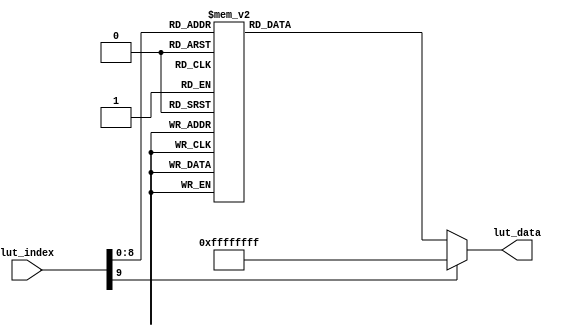
// This program was cloned from: https://github.com/Manistein/let-us-build-a-computer-system
// License: MIT License

//////////////////////////////////////////////////////////////////////////////////
//                                                                              //
//                                                                              //
//          msq@qq.com                                                          //
//          ALINX(shanghai) Technology Co.,Ltd                                  //
//          heijin                                                              //
//     WEB: http://www.alinx.cn/                                                //
//     BBS: http://www.heijin.org/                                              //
//                                                                              //
//////////////////////////////////////////////////////////////////////////////////
//                                                                              //
// Copyright (c) 2017,ALINX(shanghai) Technology Co.,Ltd                        //
//                    All rights reserved                                       //
//                                                                              //
// This source file may be used and distributed without restriction provided    //
// that this copyright statement is not removed from the file and that any      //
// derivative work contains the original copyright notice and the associated    //
// disclaimer.                                                                  //
//                                                                              //
//////////////////////////////////////////////////////////////////////////////////

//================================================================================
//  Revision History:
//  Date          By            Revision    Change Description
//--------------------------------------------------------------------------------
//  2017/7/19     meisq          1.0         Original
//*******************************************************************************/

module lut_ov5640_rgb565_1024_768(
	input[9:0]             lut_index,   //Look-up table address
	output reg[31:0]       lut_data     //Device address (8bit I2C address), register address, register data
);

always@(*)
begin
	case(lut_index)			  
		10'd  0: lut_data <= {8'h78 , 24'h310311};// system clock from pad, bit[1]
		10'd  1: lut_data <= {8'h78 , 24'h300882};// software reset, bit[7]// delay 5ms 
		10'd  2: lut_data <= {8'h78 , 24'h300842};// software power down, bit[6]
		10'd  3: lut_data <= {8'h78 , 24'h310303};// system clock from PLL, bit[1]
		10'd  4: lut_data <= {8'h78 , 24'h3017ff};// FREX, Vsync, HREF, PCLK, D[9:6] output enable
		10'd  5: lut_data <= {8'h78 , 24'h3018ff};// D[5:0], GPIO[1:0] output enable
		10'd  6: lut_data <= {8'h78 , 24'h30341A};// MIPI 10-bit
		10'd  7: lut_data <= {8'h78 , 24'h303713};// PLL root divider, bit[4], PLL pre-divider, bit[3:0]
		10'd  8: lut_data <= {8'h78 , 24'h310801};// PCLK root divider, bit[5:4], SCLK2x root divider, bit[3:2] // SCLK root divider, bit[1:0] 
		10'd  9: lut_data <= {8'h78 , 24'h363036};
		10'd 10: lut_data <= {8'h78 , 24'h36310e};
		10'd 11: lut_data <= {8'h78 , 24'h3632e2};
		10'd 12: lut_data <= {8'h78 , 24'h363312};
		10'd 13: lut_data <= {8'h78 , 24'h3621e0};
		10'd 14: lut_data <= {8'h78 , 24'h3704a0};
		10'd 15: lut_data <= {8'h78 , 24'h37035a};
		10'd 16: lut_data <= {8'h78 , 24'h371578};
		10'd 17: lut_data <= {8'h78 , 24'h371701};
		10'd 18: lut_data <= {8'h78 , 24'h370b60};
		10'd 19: lut_data <= {8'h78 , 24'h37051a};
		10'd 20: lut_data <= {8'h78 , 24'h390502};
		10'd 21: lut_data <= {8'h78 , 24'h390610};
		10'd 22: lut_data <= {8'h78 , 24'h39010a};
		10'd 23: lut_data <= {8'h78 , 24'h373112};
		10'd 24: lut_data <= {8'h78 , 24'h360008};// VCM control
		10'd 25: lut_data <= {8'h78 , 24'h360133};// VCM control
		10'd 26: lut_data <= {8'h78 , 24'h302d60};// system control
		10'd 27: lut_data <= {8'h78 , 24'h362052};
		10'd 28: lut_data <= {8'h78 , 24'h371b20};
		10'd 29: lut_data <= {8'h78 , 24'h471c50};
		10'd 30: lut_data <= {8'h78 , 24'h3a1343};// pre-gain = 1.047x
		10'd 31: lut_data <= {8'h78 , 24'h3a1800};// gain ceiling
		10'd 32: lut_data <= {8'h78 , 24'h3a19f8};// gain ceiling = 15.5x
		10'd 33: lut_data <= {8'h78 , 24'h363513};
		10'd 34: lut_data <= {8'h78 , 24'h363603};
		10'd 35: lut_data <= {8'h78 , 24'h363440};
		10'd 36: lut_data <= {8'h78 , 24'h362201}; // 50/60Hz detection     50/60Hz 
		10'd 37: lut_data <= {8'h78 , 24'h3c0134};// Band auto, bit[7]
		10'd 38: lut_data <= {8'h78 , 24'h3c0428};// threshold low sum	 
		10'd 39: lut_data <= {8'h78 , 24'h3c0598};// threshold high sum
		10'd 40: lut_data <= {8'h78 , 24'h3c0600};// light meter 1 threshold[15:8]
		10'd 41: lut_data <= {8'h78 , 24'h3c0708};// light meter 1 threshold[7:0]
		10'd 42: lut_data <= {8'h78 , 24'h3c0800};// light meter 2 threshold[15:8]
		10'd 43: lut_data <= {8'h78 , 24'h3c091c};// light meter 2 threshold[7:0]
		10'd 44: lut_data <= {8'h78 , 24'h3c0a9c};// sample number[15:8]
		10'd 45: lut_data <= {8'h78 , 24'h3c0b40};// sample number[7:0]
		10'd 46: lut_data <= {8'h78 , 24'h381000};// Timing Hoffset[11:8]
		10'd 47: lut_data <= {8'h78 , 24'h381110};// Timing Hoffset[7:0]
		10'd 48: lut_data <= {8'h78 , 24'h381200};// Timing Voffset[10:8] 
		10'd 49: lut_data <= {8'h78 , 24'h370864};
		10'd 50: lut_data <= {8'h78 , 24'h400102};// BLC start from line 2
		10'd 51: lut_data <= {8'h78 , 24'h40051a};// BLC always update
		10'd 52: lut_data <= {8'h78 , 24'h300000};// enable blocks
		10'd 53: lut_data <= {8'h78 , 24'h3004ff};// enable clocks 
		10'd 54: lut_data <= {8'h78 , 24'h300e58};// MIPI power down, DVP enable
		10'd 55: lut_data <= {8'h78 , 24'h302e00};
		10'd 56: lut_data <= {8'h78 , 24'h430060};// RGB565
		10'd 57: lut_data <= {8'h78 , 24'h501f01};// ISP RGB 
		10'd 58: lut_data <= {8'h78 , 24'h440e00};
		10'd 59: lut_data <= {8'h78 , 24'h5000a7}; // Lenc on, raw gamma on, BPC on, WPC on, CIP on // AEC target    
		10'd 60: lut_data <= {8'h78 , 24'h3a0f30};// stable range in high
		10'd 61: lut_data <= {8'h78 , 24'h3a1028};// stable range in low
		10'd 62: lut_data <= {8'h78 , 24'h3a1b30};// stable range out high
		10'd 63: lut_data <= {8'h78 , 24'h3a1e26};// stable range out low
		10'd 64: lut_data <= {8'h78 , 24'h3a1160};// fast zone high
		10'd 65: lut_data <= {8'h78 , 24'h3a1f14};// fast zone low// Lens correction for ?  
		10'd 66: lut_data <= {8'h78 , 24'h580023};
		10'd 67: lut_data <= {8'h78 , 24'h580114};
		10'd 68: lut_data <= {8'h78 , 24'h58020f};
		10'd 69: lut_data <= {8'h78 , 24'h58030f};
		10'd 70: lut_data <= {8'h78 , 24'h580412};
		10'd 71: lut_data <= {8'h78 , 24'h580526};
		10'd 72: lut_data <= {8'h78 , 24'h58060c};
		10'd 73: lut_data <= {8'h78 , 24'h580708};
		10'd 74: lut_data <= {8'h78 , 24'h580805};
		10'd 75: lut_data <= {8'h78 , 24'h580905};
		10'd 76: lut_data <= {8'h78 , 24'h580a08};
		10'd 77: lut_data <= {8'h78 , 24'h580b0d};
		10'd 78: lut_data <= {8'h78 , 24'h580c08};
		10'd 79: lut_data <= {8'h78 , 24'h580d03};
		10'd 80: lut_data <= {8'h78 , 24'h580e00};
		10'd 81: lut_data <= {8'h78 , 24'h580f00};
		10'd 82: lut_data <= {8'h78 , 24'h581003};
		10'd 83: lut_data <= {8'h78 , 24'h581109};
		10'd 84: lut_data <= {8'h78 , 24'h581207};
		10'd 85: lut_data <= {8'h78 , 24'h581303};
		10'd 86: lut_data <= {8'h78 , 24'h581400};
		10'd 87: lut_data <= {8'h78 , 24'h581501};
		10'd 88: lut_data <= {8'h78 , 24'h581603};
		10'd 89: lut_data <= {8'h78 , 24'h581708};
		10'd 90: lut_data <= {8'h78 , 24'h58180d};
		10'd 91: lut_data <= {8'h78 , 24'h581908};
		10'd 92: lut_data <= {8'h78 , 24'h581a05};
		10'd 93: lut_data <= {8'h78 , 24'h581b06};
		10'd 94: lut_data <= {8'h78 , 24'h581c08};
		10'd 95: lut_data <= {8'h78 , 24'h581d0e};
		10'd 96: lut_data <= {8'h78 , 24'h581e29};
		10'd 97: lut_data <= {8'h78 , 24'h581f17};
		10'd 98: lut_data <= {8'h78 , 24'h582011};
		10'd 99: lut_data <= {8'h78 , 24'h582111};
		10'd100: lut_data <= {8'h78 , 24'h582215};
		10'd101: lut_data <= {8'h78 , 24'h582328};
		10'd102: lut_data <= {8'h78 , 24'h582446};
		10'd103: lut_data <= {8'h78 , 24'h582526};
		10'd104: lut_data <= {8'h78 , 24'h582608};
		10'd105: lut_data <= {8'h78 , 24'h582726};
		10'd106: lut_data <= {8'h78 , 24'h582864};
		10'd107: lut_data <= {8'h78 , 24'h582926};
		10'd108: lut_data <= {8'h78 , 24'h582a24};
		10'd109: lut_data <= {8'h78 , 24'h582b22};
		10'd110: lut_data <= {8'h78 , 24'h582c24};
		10'd111: lut_data <= {8'h78 , 24'h582d24};
		10'd112: lut_data <= {8'h78 , 24'h582e06};
		10'd113: lut_data <= {8'h78 , 24'h582f22};
		10'd114: lut_data <= {8'h78 , 24'h583040};
		10'd115: lut_data <= {8'h78 , 24'h583142};
		10'd116: lut_data <= {8'h78 , 24'h583224};
		10'd117: lut_data <= {8'h78 , 24'h583326};
		10'd118: lut_data <= {8'h78 , 24'h583424};
		10'd119: lut_data <= {8'h78 , 24'h583522};
		10'd120: lut_data <= {8'h78 , 24'h583622};
		10'd121: lut_data <= {8'h78 , 24'h583726};
		10'd122: lut_data <= {8'h78 , 24'h583844};
		10'd123: lut_data <= {8'h78 , 24'h583924};
		10'd124: lut_data <= {8'h78 , 24'h583a26};
		10'd125: lut_data <= {8'h78 , 24'h583b28};
		10'd126: lut_data <= {8'h78 , 24'h583c42};
		10'd127: lut_data <= {8'h78 , 24'h583dce};// lenc BR offset // AWB   
		10'd128: lut_data <= {8'h78 , 24'h5180ff};// AWB B block
		10'd129: lut_data <= {8'h78 , 24'h5181f2};// AWB control 
		10'd130: lut_data <= {8'h78 , 24'h518200};// [7:4] max local counter, [3:0] max fast counter
		10'd131: lut_data <= {8'h78 , 24'h518314};// AWB advanced 
		10'd132: lut_data <= {8'h78 , 24'h518425};
		10'd133: lut_data <= {8'h78 , 24'h518524};
		10'd134: lut_data <= {8'h78 , 24'h518609};
		10'd135: lut_data <= {8'h78 , 24'h518709};
		10'd136: lut_data <= {8'h78 , 24'h518809};
		10'd137: lut_data <= {8'h78 , 24'h518975};
		10'd138: lut_data <= {8'h78 , 24'h518a54};
		10'd139: lut_data <= {8'h78 , 24'h518be0};
		10'd140: lut_data <= {8'h78 , 24'h518cb2};
		10'd141: lut_data <= {8'h78 , 24'h518d42};
		10'd142: lut_data <= {8'h78 , 24'h518e3d};
		10'd143: lut_data <= {8'h78 , 24'h518f56};
		10'd144: lut_data <= {8'h78 , 24'h519046};
		10'd145: lut_data <= {8'h78 , 24'h5191f8};// AWB top limit
		10'd146: lut_data <= {8'h78 , 24'h519204};// AWB bottom limit
		10'd147: lut_data <= {8'h78 , 24'h519370};// red limit
		10'd148: lut_data <= {8'h78 , 24'h5194f0};// green limit
		10'd149: lut_data <= {8'h78 , 24'h5195f0};// blue limit
		10'd150: lut_data <= {8'h78 , 24'h519603};// AWB control
		10'd151: lut_data <= {8'h78 , 24'h519701};// local limit 
		10'd152: lut_data <= {8'h78 , 24'h519804};
		10'd153: lut_data <= {8'h78 , 24'h519912};
		10'd154: lut_data <= {8'h78 , 24'h519a04};
		10'd155: lut_data <= {8'h78 , 24'h519b00};
		10'd156: lut_data <= {8'h78 , 24'h519c06};
		10'd157: lut_data <= {8'h78 , 24'h519d82};
		10'd158: lut_data <= {8'h78 , 24'h519e38};// AWB control // Gamma    
		10'd159: lut_data <= {8'h78 , 24'h548001};// Gamma bias plus on, bit[0] 
		10'd160: lut_data <= {8'h78 , 24'h548108};
		10'd161: lut_data <= {8'h78 , 24'h548214};
		10'd162: lut_data <= {8'h78 , 24'h548328};
		10'd163: lut_data <= {8'h78 , 24'h548451};
		10'd164: lut_data <= {8'h78 , 24'h548565};
		10'd165: lut_data <= {8'h78 , 24'h548671};
		10'd166: lut_data <= {8'h78 , 24'h54877d};
		10'd167: lut_data <= {8'h78 , 24'h548887};
		10'd168: lut_data <= {8'h78 , 24'h548991};
		10'd169: lut_data <= {8'h78 , 24'h548a9a};
		10'd170: lut_data <= {8'h78 , 24'h548baa};
		10'd171: lut_data <= {8'h78 , 24'h548cb8};
		10'd172: lut_data <= {8'h78 , 24'h548dcd};
		10'd173: lut_data <= {8'h78 , 24'h548edd};
		10'd174: lut_data <= {8'h78 , 24'h548fea};
		10'd175: lut_data <= {8'h78 , 24'h54901d};// color matrix   
		10'd176: lut_data <= {8'h78 , 24'h53811e};// CMX1 for Y
		10'd177: lut_data <= {8'h78 , 24'h53825b};// CMX2 for Y
		10'd178: lut_data <= {8'h78 , 24'h538308};// CMX3 for Y
		10'd179: lut_data <= {8'h78 , 24'h53840a};// CMX4 for U
		10'd180: lut_data <= {8'h78 , 24'h53857e};// CMX5 for U
		10'd181: lut_data <= {8'h78 , 24'h538688};// CMX6 for U
		10'd182: lut_data <= {8'h78 , 24'h53877c};// CMX7 for V
		10'd183: lut_data <= {8'h78 , 24'h53886c};// CMX8 for V
		10'd184: lut_data <= {8'h78 , 24'h538910};// CMX9 for V
		10'd185: lut_data <= {8'h78 , 24'h538a01};// sign[9]
		10'd186: lut_data <= {8'h78 , 24'h538b98}; // sign[8:1] // UV adjust   UV
		10'd187: lut_data <= {8'h78 , 24'h558006};// saturation on, bit[1]
		10'd188: lut_data <= {8'h78 , 24'h558340};
		10'd189: lut_data <= {8'h78 , 24'h558410};
		10'd190: lut_data <= {8'h78 , 24'h558910};
		10'd191: lut_data <= {8'h78 , 24'h558a00};
		10'd192: lut_data <= {8'h78 , 24'h558bf8};
		10'd193: lut_data <= {8'h78 , 24'h501d40};// enable manual offset of contrast// CIP  
		10'd194: lut_data <= {8'h78 , 24'h530008};// CIP sharpen MT threshold 1
		10'd195: lut_data <= {8'h78 , 24'h530130};// CIP sharpen MT threshold 2
		10'd196: lut_data <= {8'h78 , 24'h530210};// CIP sharpen MT offset 1
		10'd197: lut_data <= {8'h78 , 24'h530300};// CIP sharpen MT offset 2
		10'd198: lut_data <= {8'h78 , 24'h530408};// CIP DNS threshold 1
		10'd199: lut_data <= {8'h78 , 24'h530530};// CIP DNS threshold 2
		10'd200: lut_data <= {8'h78 , 24'h530608};// CIP DNS offset 1
		10'd201: lut_data <= {8'h78 , 24'h530716};// CIP DNS offset 2 
		10'd202: lut_data <= {8'h78 , 24'h530908};// CIP sharpen TH threshold 1
		10'd203: lut_data <= {8'h78 , 24'h530a30};// CIP sharpen TH threshold 2
		10'd204: lut_data <= {8'h78 , 24'h530b04};// CIP sharpen TH offset 1
		10'd205: lut_data <= {8'h78 , 24'h530c06};// CIP sharpen TH offset 2
		10'd206: lut_data <= {8'h78 , 24'h502500};
		10'd207: lut_data <= {8'h78 , 24'h300802}; // wake up from standby, bit[6]
		10'd208: lut_data <= {8'h78 , 24'h303511};// PLL
		10'd209: lut_data <= {8'h78 , 24'h303669};// PLL
		10'd210: lut_data <= {8'h78 , 24'h3c0708};// light meter 1 threshold [7:0]
		10'd211: lut_data <= {8'h78 , 24'h382041};// Sensor flip off, ISP flip on
		10'd212: lut_data <= {8'h78 , 24'h382101};// Sensor mirror on, ISP mirror on, H binning on
		10'd213: lut_data <= {8'h78 , 24'h381431};// X INC 
		10'd214: lut_data <= {8'h78 , 24'h381531};// Y INC
		10'd215: lut_data <= {8'h78 , 24'h380000};// HS: X address start high byte
		10'd216: lut_data <= {8'h78 , 24'h380100};// HS: X address start low byte
		10'd217: lut_data <= {8'h78 , 24'h380200};// VS: Y address start high byte
		10'd218: lut_data <= {8'h78 , 24'h380304};// VS: Y address start high byte 
		10'd219: lut_data <= {8'h78 , 24'h38040a};// HW (HE)         
		10'd220: lut_data <= {8'h78 , 24'h38053f};// HW (HE)
		10'd221: lut_data <= {8'h78 , 24'h380607};// VH (VE)         
		10'd222: lut_data <= {8'h78 , 24'h38079b};// VH (VE)      
		10'd223: lut_data <= {8'h78 , 24'h380803};// DVPHO  
		10'd224: lut_data <= {8'h78 , 24'h380920};// DVPHO
		10'd225: lut_data <= {8'h78 , 24'h380a02};// DVPVO
		10'd226: lut_data <= {8'h78 , 24'h380b58};// DVPVO
		10'd227: lut_data <= {8'h78 , 24'h380c07};// HTS            //Total horizontal size 800
		10'd228: lut_data <= {8'h78 , 24'h380d68};// HTS
		10'd229: lut_data <= {8'h78 , 24'h380e03};// VTS            //total vertical size 500
		10'd230: lut_data <= {8'h78 , 24'h380fd8};// VTS 
		10'd231: lut_data <= {8'h78 , 24'h381306};// Timing Voffset 
		10'd232: lut_data <= {8'h78 , 24'h361800};
		10'd233: lut_data <= {8'h78 , 24'h361229};
		10'd234: lut_data <= {8'h78 , 24'h370952};
		10'd235: lut_data <= {8'h78 , 24'h370c03}; 
		10'd236: lut_data <= {8'h78 , 24'h3a0217};// 60Hz max exposure, night mode 5fps
		10'd237: lut_data <= {8'h78 , 24'h3a0310};// 60Hz max exposure // banding filters are calculated automatically in camera driver
		10'd238: lut_data <= {8'h78 , 24'h3a1417};// 50Hz max exposure, night mode 5fps
		10'd239: lut_data <= {8'h78 , 24'h3a1510};// 50Hz max exposure     
		10'd240: lut_data <= {8'h78 , 24'h400402};// BLC 2 lines 
		10'd241: lut_data <= {8'h78 , 24'h30021c};// reset JFIFO, SFIFO, JPEG
		10'd242: lut_data <= {8'h78 , 24'h3006c3};// disable clock of JPEG2x, JPEG
		10'd243: lut_data <= {8'h78 , 24'h471303};// JPEG mode 3
		10'd244: lut_data <= {8'h78 , 24'h440704};// Quantization scale 
		10'd245: lut_data <= {8'h78 , 24'h460b35};
		10'd246: lut_data <= {8'h78 , 24'h460c22};
		10'd247: lut_data <= {8'h78 , 24'h483722}; // DVP CLK divider
		10'd248: lut_data <= {8'h78 , 24'h382402}; // DVP CLK divider 
		10'd249: lut_data <= {8'h78 , 24'h5001a3}; // SDE on, scale on, UV average off, color matrix on, AWB on
		10'd250: lut_data <= {8'h78 , 24'h350300}; // AEC/AGC on 
		10'd251: lut_data <= {8'h78 , 24'h303521};// PLL     input clock =24Mhz, PCLK =84Mhz
		10'd252: lut_data <= {8'h78 , 24'h303669};// PLL
		10'd253: lut_data <= {8'h78 , 24'h3c0707}; // lightmeter 1 threshold[7:0]
		10'd254: lut_data <= {8'h78 , 24'h382047}; // flip
		10'd255: lut_data <= {8'h78 , 24'h382101}; // mirror
		10'd256: lut_data <= {8'h78 , 24'h381431}; // timing X inc
		10'd257: lut_data <= {8'h78 , 24'h381531}; // timing Y inc
		10'd258: lut_data <= {8'h78 , 24'h380000}; // HS
		10'd259: lut_data <= {8'h78 , 24'h380100}; // HS
		10'd260: lut_data <= {8'h78 , 24'h380200}; // VS
		10'd261: lut_data <= {8'h78 , 24'h380304}; // VS
		10'd262: lut_data <= {8'h78 , 24'h38040a}; // HW (HE)
		10'd263: lut_data <= {8'h78 , 24'h38053f}; // HW (HE)
		10'd264: lut_data <= {8'h78 , 24'h380607}; // VH (VE)
		10'd265: lut_data <= {8'h78 , 24'h38079f}; // VH (VE)
		10'd266: lut_data <= {8'h78 , 24'h380804}; // DVPHO     (1280)->1024
		10'd267: lut_data <= {8'h78 , 24'h380900}; // DVPHO     (1280)->1024
		10'd268: lut_data <= {8'h78 , 24'h380a03}; // DVPVO     (720)->
		10'd269: lut_data <= {8'h78 , 24'h380b00}; // DVPVO     (720)->
		10'd270: lut_data <= {8'h78 , 24'h380c07}; // HTS
		10'd271: lut_data <= {8'h78 , 24'h380d68}; // HTS
		10'd272: lut_data <= {8'h78 , 24'h380e03}; // VTS
		10'd273: lut_data <= {8'h78 , 24'h380fd8}; // VTS
		10'd274: lut_data <= {8'h78 , 24'h381304}; // timing V offset
		10'd275: lut_data <= {8'h78 , 24'h361800};
		10'd276: lut_data <= {8'h78 , 24'h361229};
		10'd277: lut_data <= {8'h78 , 24'h370952};
		10'd278: lut_data <= {8'h78 , 24'h370c03};
		10'd279: lut_data <= {8'h78 , 24'h3a0202}; // 60Hz max exposure
		10'd280: lut_data <= {8'h78 , 24'h3a03e0}; // 60Hz max exposure
		10'd281: lut_data <= {8'h78 , 24'h3a0800}; // B50 step
		10'd282: lut_data <= {8'h78 , 24'h3a096f}; // B50 step
		10'd283: lut_data <= {8'h78 , 24'h3a0a00}; // B60 step
		10'd284: lut_data <= {8'h78 , 24'h3a0b5c}; // B60 step
		10'd285: lut_data <= {8'h78 , 24'h3a0e06}; // 50Hz max band
		10'd286: lut_data <= {8'h78 , 24'h3a0d08}; // 60Hz max band
		10'd287: lut_data <= {8'h78 , 24'h3a1402}; // 50Hz max exposure
		10'd288: lut_data <= {8'h78 , 24'h3a15e0}; // 50Hz max exposure
		10'd289: lut_data <= {8'h78 , 24'h400402}; // BLC line number
		10'd290: lut_data <= {8'h78 , 24'h30021c}; // reset JFIFO, SFIFO, JPG
		10'd291: lut_data <= {8'h78 , 24'h3006c3}; // disable clock of JPEG2x, JPEG
		10'd292: lut_data <= {8'h78 , 24'h471303}; // JPEG mode 3
		10'd293: lut_data <= {8'h78 , 24'h440704}; // Quantization sacle
		10'd294: lut_data <= {8'h78 , 24'h460b37};
		10'd295: lut_data <= {8'h78 , 24'h460c20};
		10'd296: lut_data <= {8'h78 , 24'h483716}; // MIPI global timing
		10'd297: lut_data <= {8'h78 , 24'h382404}; // PCLK manual divider
		10'd298: lut_data <= {8'h78 , 24'h350300}; // AEC/AGC on 
		10'd299: lut_data <= {8'h78 , 24'h301602}; //Strobe output enable
		10'd300: lut_data <= {8'h78 , 24'h3b070a}; //FREX strobe mode1	
		10'd301: lut_data <= {8'h78 , 24'h3b0083}; //STROBE CTRL: strobe request ON, Strobe mode: LED3 
		10'd302: lut_data <= {8'h78 , 24'h3b0000}; //STROBE CTRL: strobe request OFF 
		default:lut_data <= {8'hff,16'hffff,8'hff};
	endcase
end


endmodule